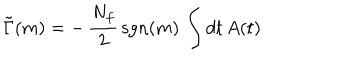
LaTeX: \tilde { \Gamma } ( m ) = - \, \frac { N _ { f } } { 2 } \, \mathrm { s g n } ( m ) \, \int d t \, A ( t )